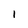
Character: l